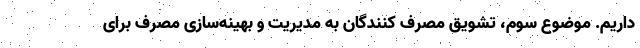
داریم. موضوع سوم، تشویق مصرف کنندگان به مدیریت و بهینه‌سازی مصرف برای